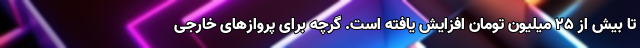
تا بیش از ۲۵ میلیون تومان افزایش یافته است. گرچه برای پروازهای خارجی